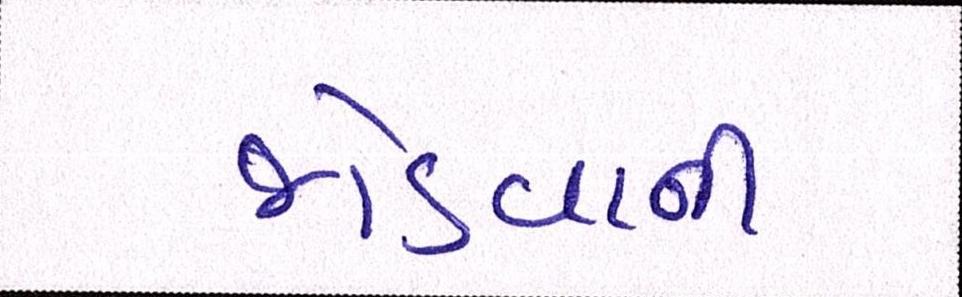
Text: જોડવાની